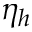
\eta _ { h }